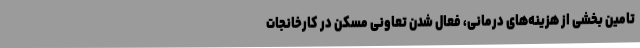
تامین بخشی از هزینه‌های درمانی، فعال شدن تعاونی مسکن در کارخانجات